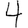
Digit: 4